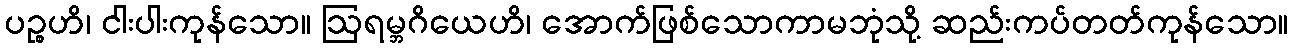
ပဉ္စဟိ၊ ငါးပါးကုန်သော။ ဩရမ္ဘဂိယေဟိ၊ အောက်ဖြစ်သောကာမဘုံသို့ ဆည်းကပ်တတ်ကုန်သော။